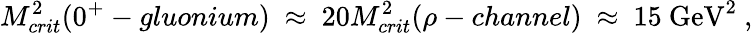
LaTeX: M_{crit}^{2}(0^{+}-gluonium)~\approx~20M_{crit}^{2}(\rho-channel)~\approx~15~\mathrm{GeV}^{2}~,